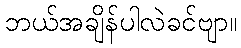
ဘယ်အချိန်ပါလဲခင်ဗျာ။